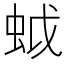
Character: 𧊎